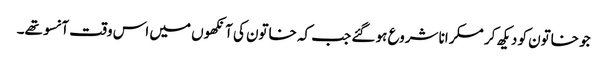
جو خاتون کو دیکھ کر مسکرانا شروع ہو گئے جب کہ خاتون کی آنکھوں میں اس وقت آنسو تھے۔